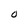
Character: O